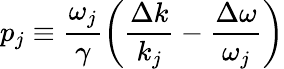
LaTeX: p_{j}\equiv\frac{\omega_{j}}{\gamma}\left(\frac{\Delta k}{k_{j}}-\frac{\Delta\omega}{\omega_{j}}\right)